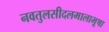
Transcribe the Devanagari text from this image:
नवतुलसीदलमालाभूषा